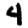
Digit: 4